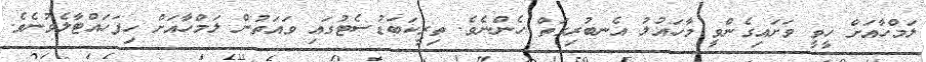
ލަމްހާއަށް ހީވީ ވަށައިގެންވީ މާހައުލު އެނބުރިގަތް ހެންނެވެ. ތިރީކަބަޑުސެޓުގައި ވައަތުން ލަމްހާއަށް ހިފަހައްޓާލެވުނެވެ.